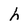
Character: h